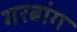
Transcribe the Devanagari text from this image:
गरबांग